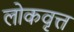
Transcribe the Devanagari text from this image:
लोकवृत्त